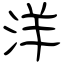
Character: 洋